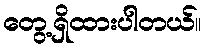
တွေ့ရှိထားပါတယ်။